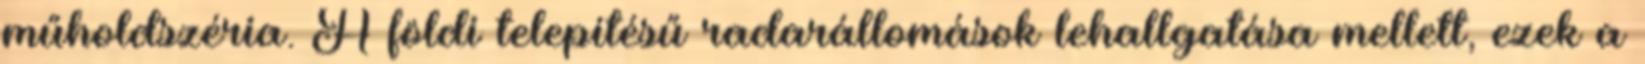
műholdszéria. A földi telepítésű radarállomások lehallgatása mellett, ezek a